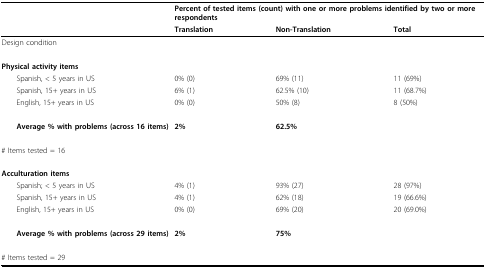
|  | <COLSPAN=3> Percent of tested items (count) with one or more problems identified by two or more respondents |
 |  | Translation | Non-Translation | Total |
 | --- | --- | --- | --- |
 | Design condition |  |  |  |
 | Physical activity items |  |  |  |
 | Spanish, < 5 years in US | 0% (0) | 69% (11) | 11 (69%) |
 | Spanish, 15+ years in US | 6% (1) | 62.5% (10) | 11 (68.7%) |
 | English, 15+ years in US | 0% (0) | 50% (8) | 8 (50%) |
 | Average % with problems (across 16 items) | 2% | 62.5% |  |
 | # Items tested = 16 |  |  |  |
 | Acculturation items |  |  |  |
 | Spanish; < 5 years in US | 4% (1) | 93% (27) | 28 (97%) |
 | Spanish, 15+ years in US | 4% (1) | 62% (18) | 19 (66.6%) |
 | English, 15+ years in US | 0% (0) | 69% (20) | 20 (69.0%) |
 | Average % with problems (across 29 items) | 2% | 75% |  |
 | # Items tested = 29 |  |  |  |